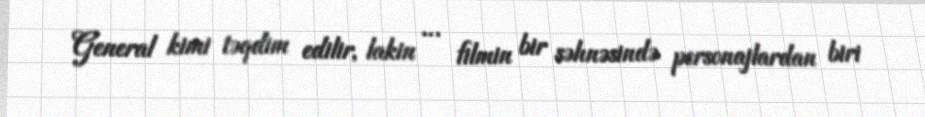
General kimi təqdim edilir, lakin … filmin bir səhnəsində personajlardan biri